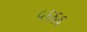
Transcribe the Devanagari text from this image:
५६६६